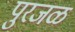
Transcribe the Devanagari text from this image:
पुरजळ